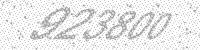
Solution: 923800